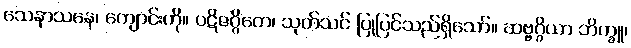
သေနာသနေ၊ ကျောင်းကို။ ပဋိဇဂ္ဂိတေ၊ သုတ်သင် ပြုပြင်သည်ရှိသော်။ ဆဗ္ဗဂ္ဂိယာ ဘိက္ခူ၊